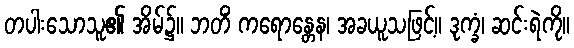
တပါးသောသူ၏ အိမ်၌။ ဘတိံ ကရောန္တေန၊ အခယူသဖြင့်။ ဒုက္ခံ၊ ဆင်းရဲကို။